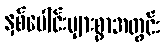
နှစ်ပေါင်းများစွာအတွင်း